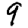
Digit: 9